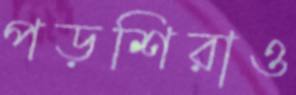
পড়শিরাও